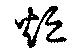
烜